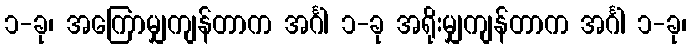
၁-ခု၊ အကြောမျှကျန်တာက အင်္ဂါ ၁-ခု အရိုးမျှကျန်တာက အင်္ဂါ ၁-ခု၊